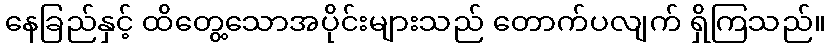
နေခြည်နှင့် ထိတွေ့သောအပိုင်းများသည် တောက်ပလျက် ရှိကြသည်။